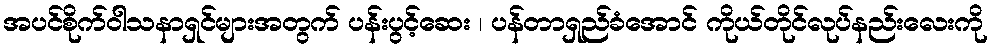
အပင်စိုက်ဝါသနာရှင်များအတွက် ပန်းပွင့်ဆေး ၊ ပန်တာရှည်ခံအောင် ကိုယ်တိုင်လုပ်နည်းလေးကို